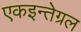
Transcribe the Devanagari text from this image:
एकइन्तेग्रल